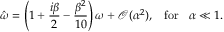
\hat { \omega } = \left( 1 + \frac { i \beta } { 2 } - \frac { \beta ^ { 2 } } { 1 0 } \right) \omega + \mathcal O ( \alpha ^ { 2 } ) , \; \; \; \mathrm { f o r } \; \; \; \alpha \ll 1 .